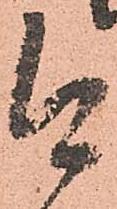
今